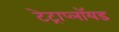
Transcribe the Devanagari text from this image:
टेट्राप्लॉयड